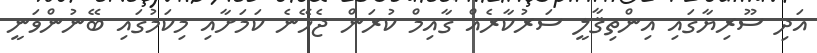
އަދި ސޫރިޔާގައި އިންތިޤާލީ ސަރުކާރެއް ގާއިމް ކުރަން ޖެހޭނެ ކަމަށާއި މިކަމުގައި ބޭނުންވަނީ